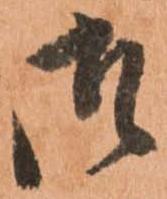
御